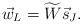
\begin{align*}\vec{w}_L = \widetilde{W} \vec{s}_J.\end{align*}